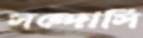
সন্দোসি